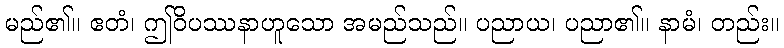
မည်၏။ ဧတံ၊ ဤဝိပဿနာဟူသော အမည်သည်။ ပညာယ၊ ပညာ၏။ နာမံ၊ တည်း။